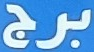
برج